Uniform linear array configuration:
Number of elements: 32
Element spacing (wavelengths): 0.75
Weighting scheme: blackman
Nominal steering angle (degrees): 45
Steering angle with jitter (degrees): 44.571
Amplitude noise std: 0.05
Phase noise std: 0.05

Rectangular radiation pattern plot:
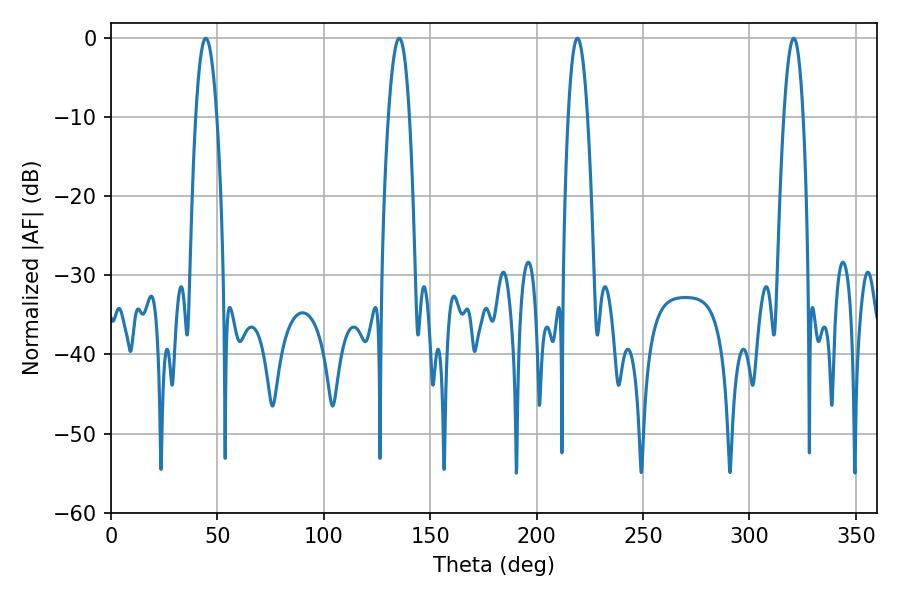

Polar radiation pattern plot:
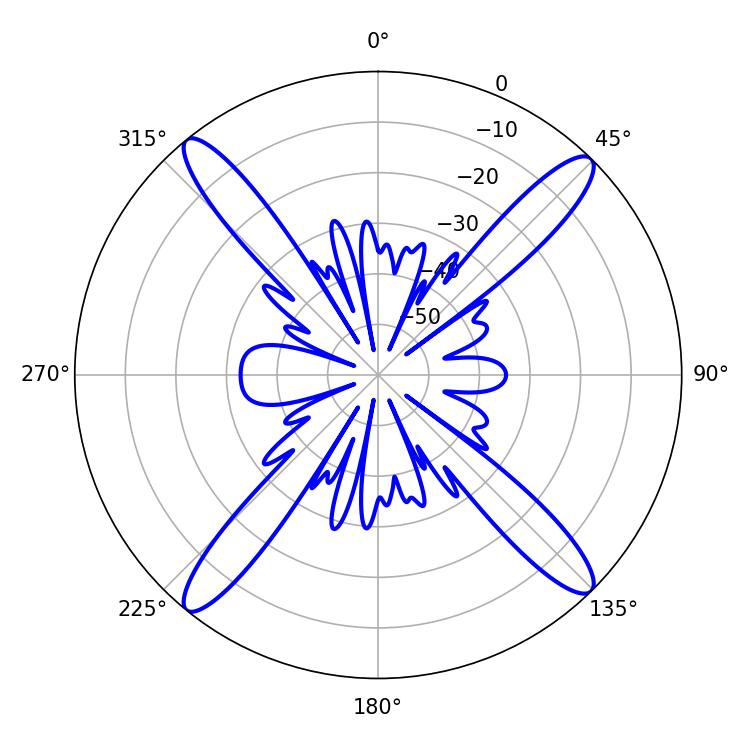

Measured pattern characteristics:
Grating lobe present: TRUE
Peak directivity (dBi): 19.075
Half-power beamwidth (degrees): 5.04
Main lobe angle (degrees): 219.24